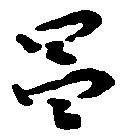
昌